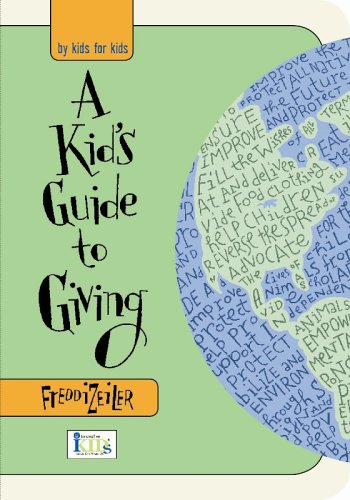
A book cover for A Kids Guide to Giving; Freddi Zeiler; Teen & Young Adult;